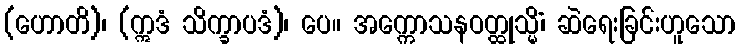
(ဟောတိ)၊ (ဣဒံ သိက္ခာပဒံ)၊ ပေ။ အက္ကောသနဝတ္ထုသ္မိံ၊ ဆဲရေးခြင်းဟူသော